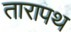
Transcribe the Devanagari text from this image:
तारापथ